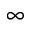
\infty